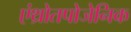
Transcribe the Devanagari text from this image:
एंथ्रोतपोजेनिक